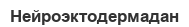
Нейроэктодермадан